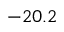
- 2 0 . 2